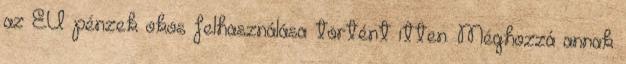
az EU pénzek okos felhasználása történt itten. Méghozzá annak